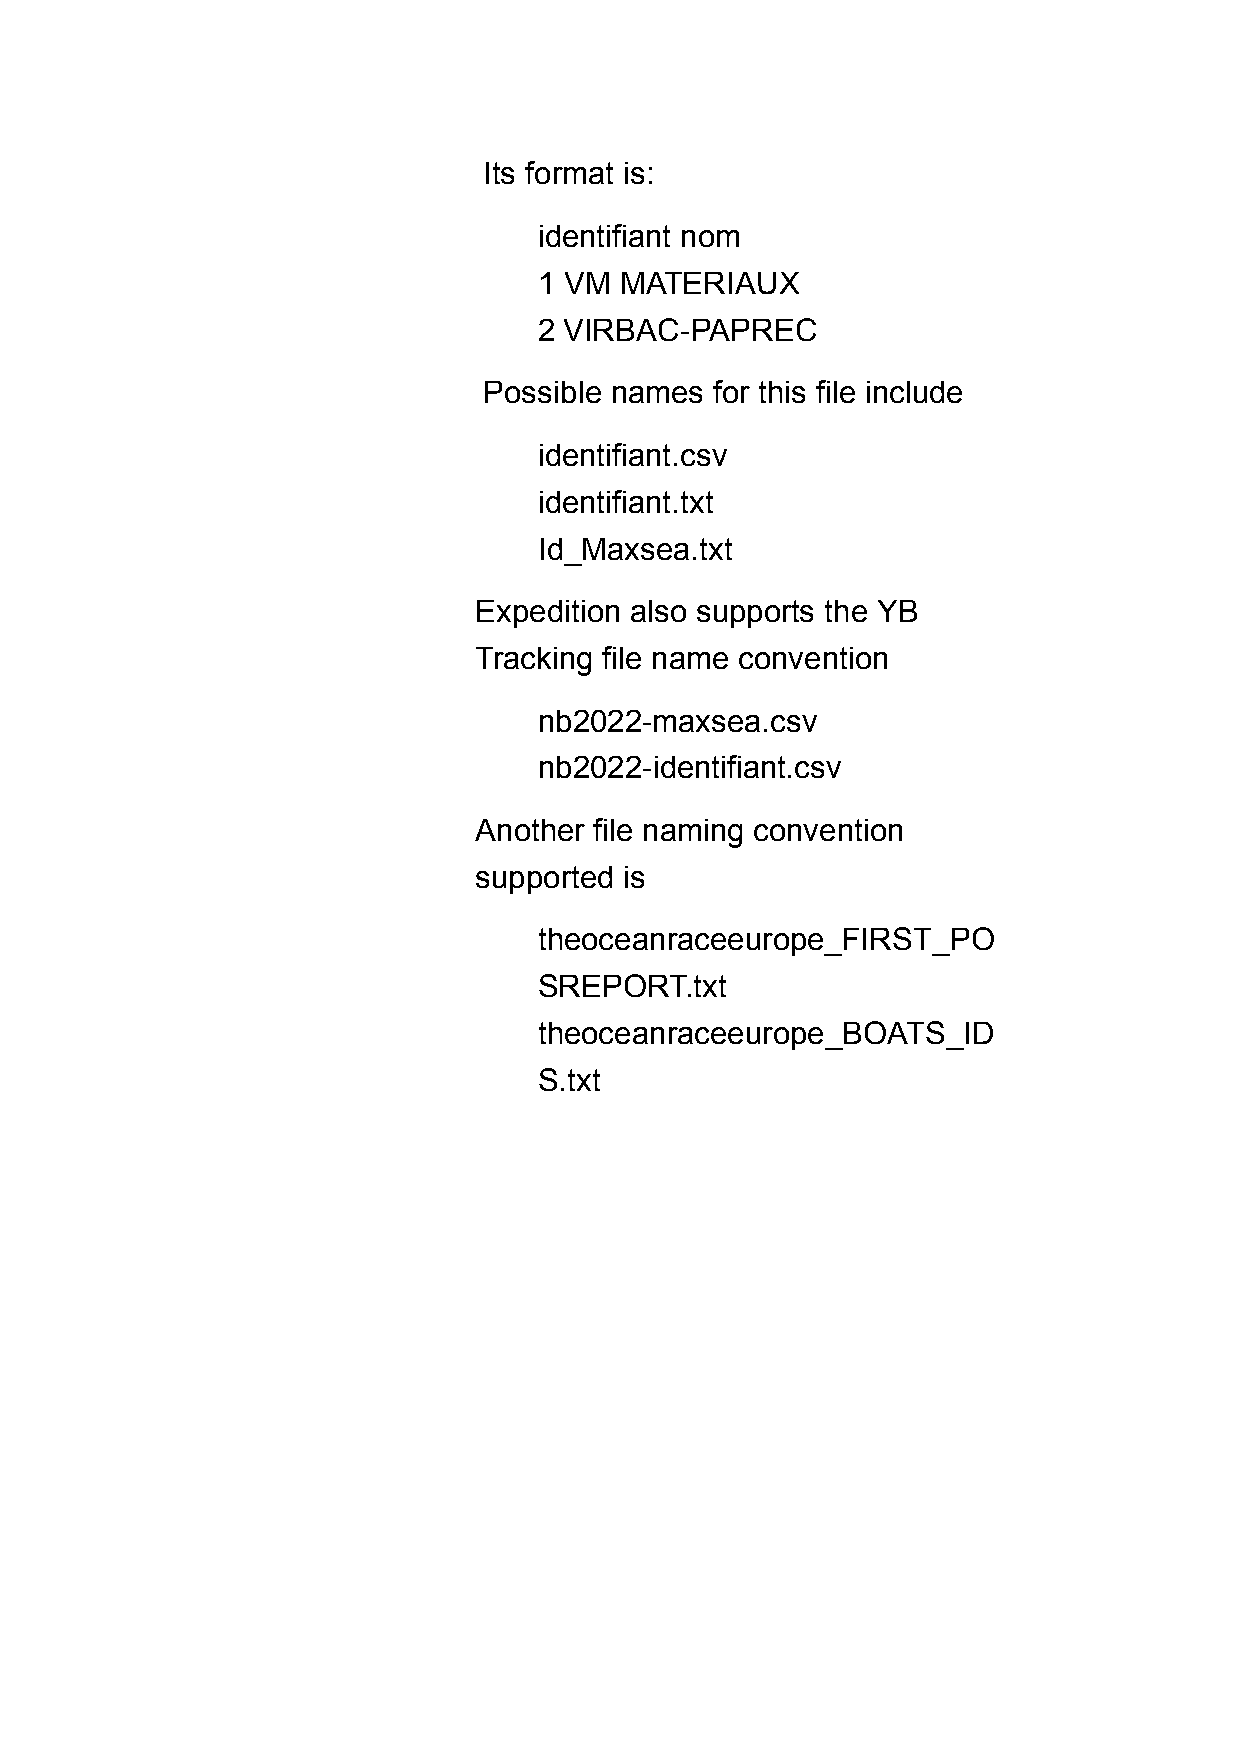
Its format is:
 identifiant nom
 1 VM MATERIAUX
 2 VIRBAC-PAPREC
 Possible names for this file include
 identifiant.csv
 identifiant.txt
 Id_Maxsea.txt
 Expedition also supports the YB
 Tracking file name convention
 nb2022-maxsea.csv
 nb2022-identifiant.csv
 Another file naming convention
 supported is
 theoceanraceeurope_FIRST_PO
 SREPORT.txt
 theoceanraceeurope_BOATS_ID
 S.txt